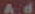
Ad